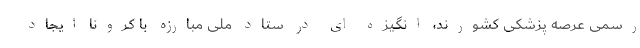
رسمی عرصه پزشکی کشورند، انگیزه ای در ستاد ملی مبارزه با کرونا ایجاد